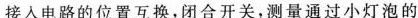
接人电路的位置互换，闭合开关，测量通过小灯泡的